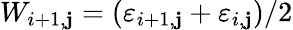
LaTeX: W_{i+1,\mathbf{j}}=(\varepsilon_{i+1,\mathbf{j}}+\varepsilon_{i,\mathbf{j}})/2